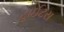
હાઈટસ